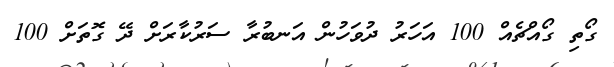
ގޯތި ގޯއްޗެއް 100 އަހަރު ދުވަހުން އަނބުރާ ސަރުކާރަށް ދޭ ގޮތަށް 100